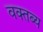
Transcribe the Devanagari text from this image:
वक्‍तब्‍य